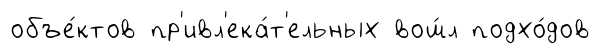
объе́ктов пр'ивл'ека́т'ельных вош́л подхо́дов